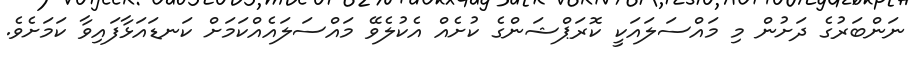
ނަންބަރުގެ ދަށުން މި މައްސަލައަކީ ކޮރަޕްޝަންގެ ކުށެއް އެކުލެވޭ މައްސަލައެއްކަމަށް ކަނޑައަޅާފައިވާ ކަމަށެވެ.